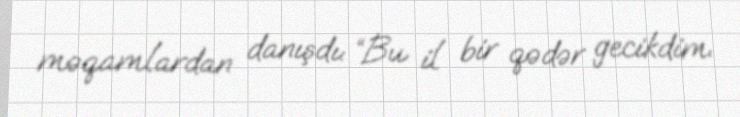
məqamlardan danışdı: “Bu il bir qədər gecikdim.